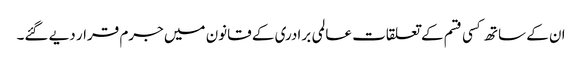
ان کے ساتھ کسی قسم کے تعلقات عالمی برادری کے قانون میں جرم قرار دیے گئے۔